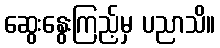
ဆွေးနွေးကြည့်မှ ပညာသိ။